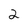
Character: 2